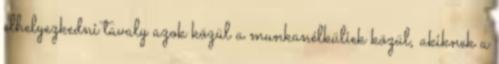
elhelyezkedni tavaly azok közül a munkanélküliek közül, akiknek a